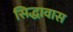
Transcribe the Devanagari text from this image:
सिद्धावास